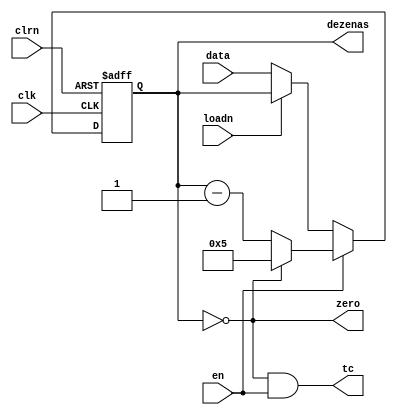
module contador_mod6(
    input [3:0] data,
    input loadn, clrn, clk, en,
    output reg [3:0] dezenas = 3'b000,
    output tc, zero     // tc = terminal count; indica quando o contador est no seu valor minmo
);

    assign zero = (dezenas == 3'b000);
    assign tc = zero & en;

    
    always @(posedge clk or negedge clrn) 
        if (!clrn) begin 
            dezenas <= 3'b000;
        end
  		else if (en) begin
            if (dezenas == 3'b000) begin
                dezenas <= 3'b101;
            end 
            else begin
                dezenas <= dezenas - 1;
            end
        end
        else if (!loadn) begin
            dezenas <= data;
        end

endmodule